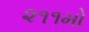
૨૧૧મો